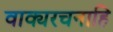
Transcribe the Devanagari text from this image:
वाक्यरचनाहि